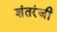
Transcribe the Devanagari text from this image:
शंतरंजी